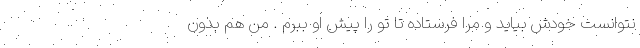
نتوانست خودش بیاید و مرا فرستاده تا تو را پیش او ببرم . من هم بدون